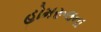
હોમરૂલના